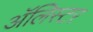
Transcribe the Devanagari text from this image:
अॅलिस्टर